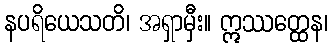
နပရိယေသတိ၊ အရှာမှီး။ ဣဿတ္ထေန၊